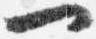
一